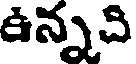
ఉన్నది